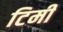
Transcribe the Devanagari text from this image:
टिमी